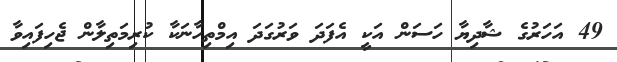
49 އަހަރުގެ ޝާދިޔާ ހަސަން އަކީ އެފަދަ ވަރުގަދަ އިމްތިހާނަކާ ކުރިމަތިލާން ޖެހިފައިވާ